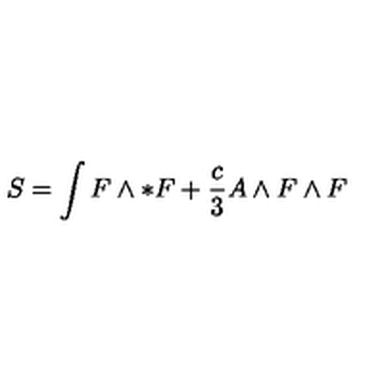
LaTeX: S = \int F \wedge * F + \frac { c } { 3 } A \wedge F \wedge F